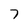
Character: 7